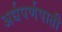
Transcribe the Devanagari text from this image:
अर्धपर्णपाती